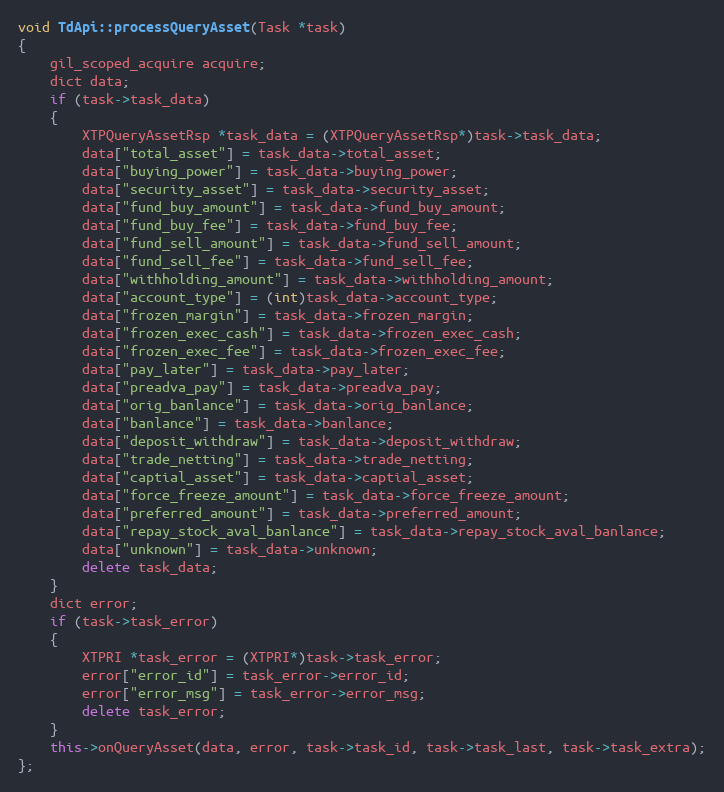
Language: C++
void TdApi::processQueryAsset(Task *task)
{
	gil_scoped_acquire acquire;
	dict data;
	if (task->task_data)
	{
		XTPQueryAssetRsp *task_data = (XTPQueryAssetRsp*)task->task_data;
		data["total_asset"] = task_data->total_asset;
		data["buying_power"] = task_data->buying_power;
		data["security_asset"] = task_data->security_asset;
		data["fund_buy_amount"] = task_data->fund_buy_amount;
		data["fund_buy_fee"] = task_data->fund_buy_fee;
		data["fund_sell_amount"] = task_data->fund_sell_amount;
		data["fund_sell_fee"] = task_data->fund_sell_fee;
		data["withholding_amount"] = task_data->withholding_amount;
		data["account_type"] = (int)task_data->account_type;
		data["frozen_margin"] = task_data->frozen_margin;
		data["frozen_exec_cash"] = task_data->frozen_exec_cash;
		data["frozen_exec_fee"] = task_data->frozen_exec_fee;
		data["pay_later"] = task_data->pay_later;
		data["preadva_pay"] = task_data->preadva_pay;
		data["orig_banlance"] = task_data->orig_banlance;
		data["banlance"] = task_data->banlance;
		data["deposit_withdraw"] = task_data->deposit_withdraw;
		data["trade_netting"] = task_data->trade_netting;
		data["captial_asset"] = task_data->captial_asset;
		data["force_freeze_amount"] = task_data->force_freeze_amount;
		data["preferred_amount"] = task_data->preferred_amount;
		data["repay_stock_aval_banlance"] = task_data->repay_stock_aval_banlance;
		data["unknown"] = task_data->unknown;
		delete task_data;
	}
	dict error;
	if (task->task_error)
	{
		XTPRI *task_error = (XTPRI*)task->task_error;
		error["error_id"] = task_error->error_id;
		error["error_msg"] = task_error->error_msg;
		delete task_error;
	}
	this->onQueryAsset(data, error, task->task_id, task->task_last, task->task_extra);
};